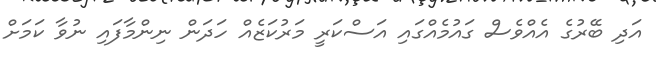
އަދި ބޭރުގެ އެއްވެސް ގައުމެއްގައި އަސްކަރީ މަރުކަޒެއް ހަދަން ނިންމާފައި ނުވާ ކަމަށް